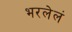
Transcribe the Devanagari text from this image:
भरलेलं